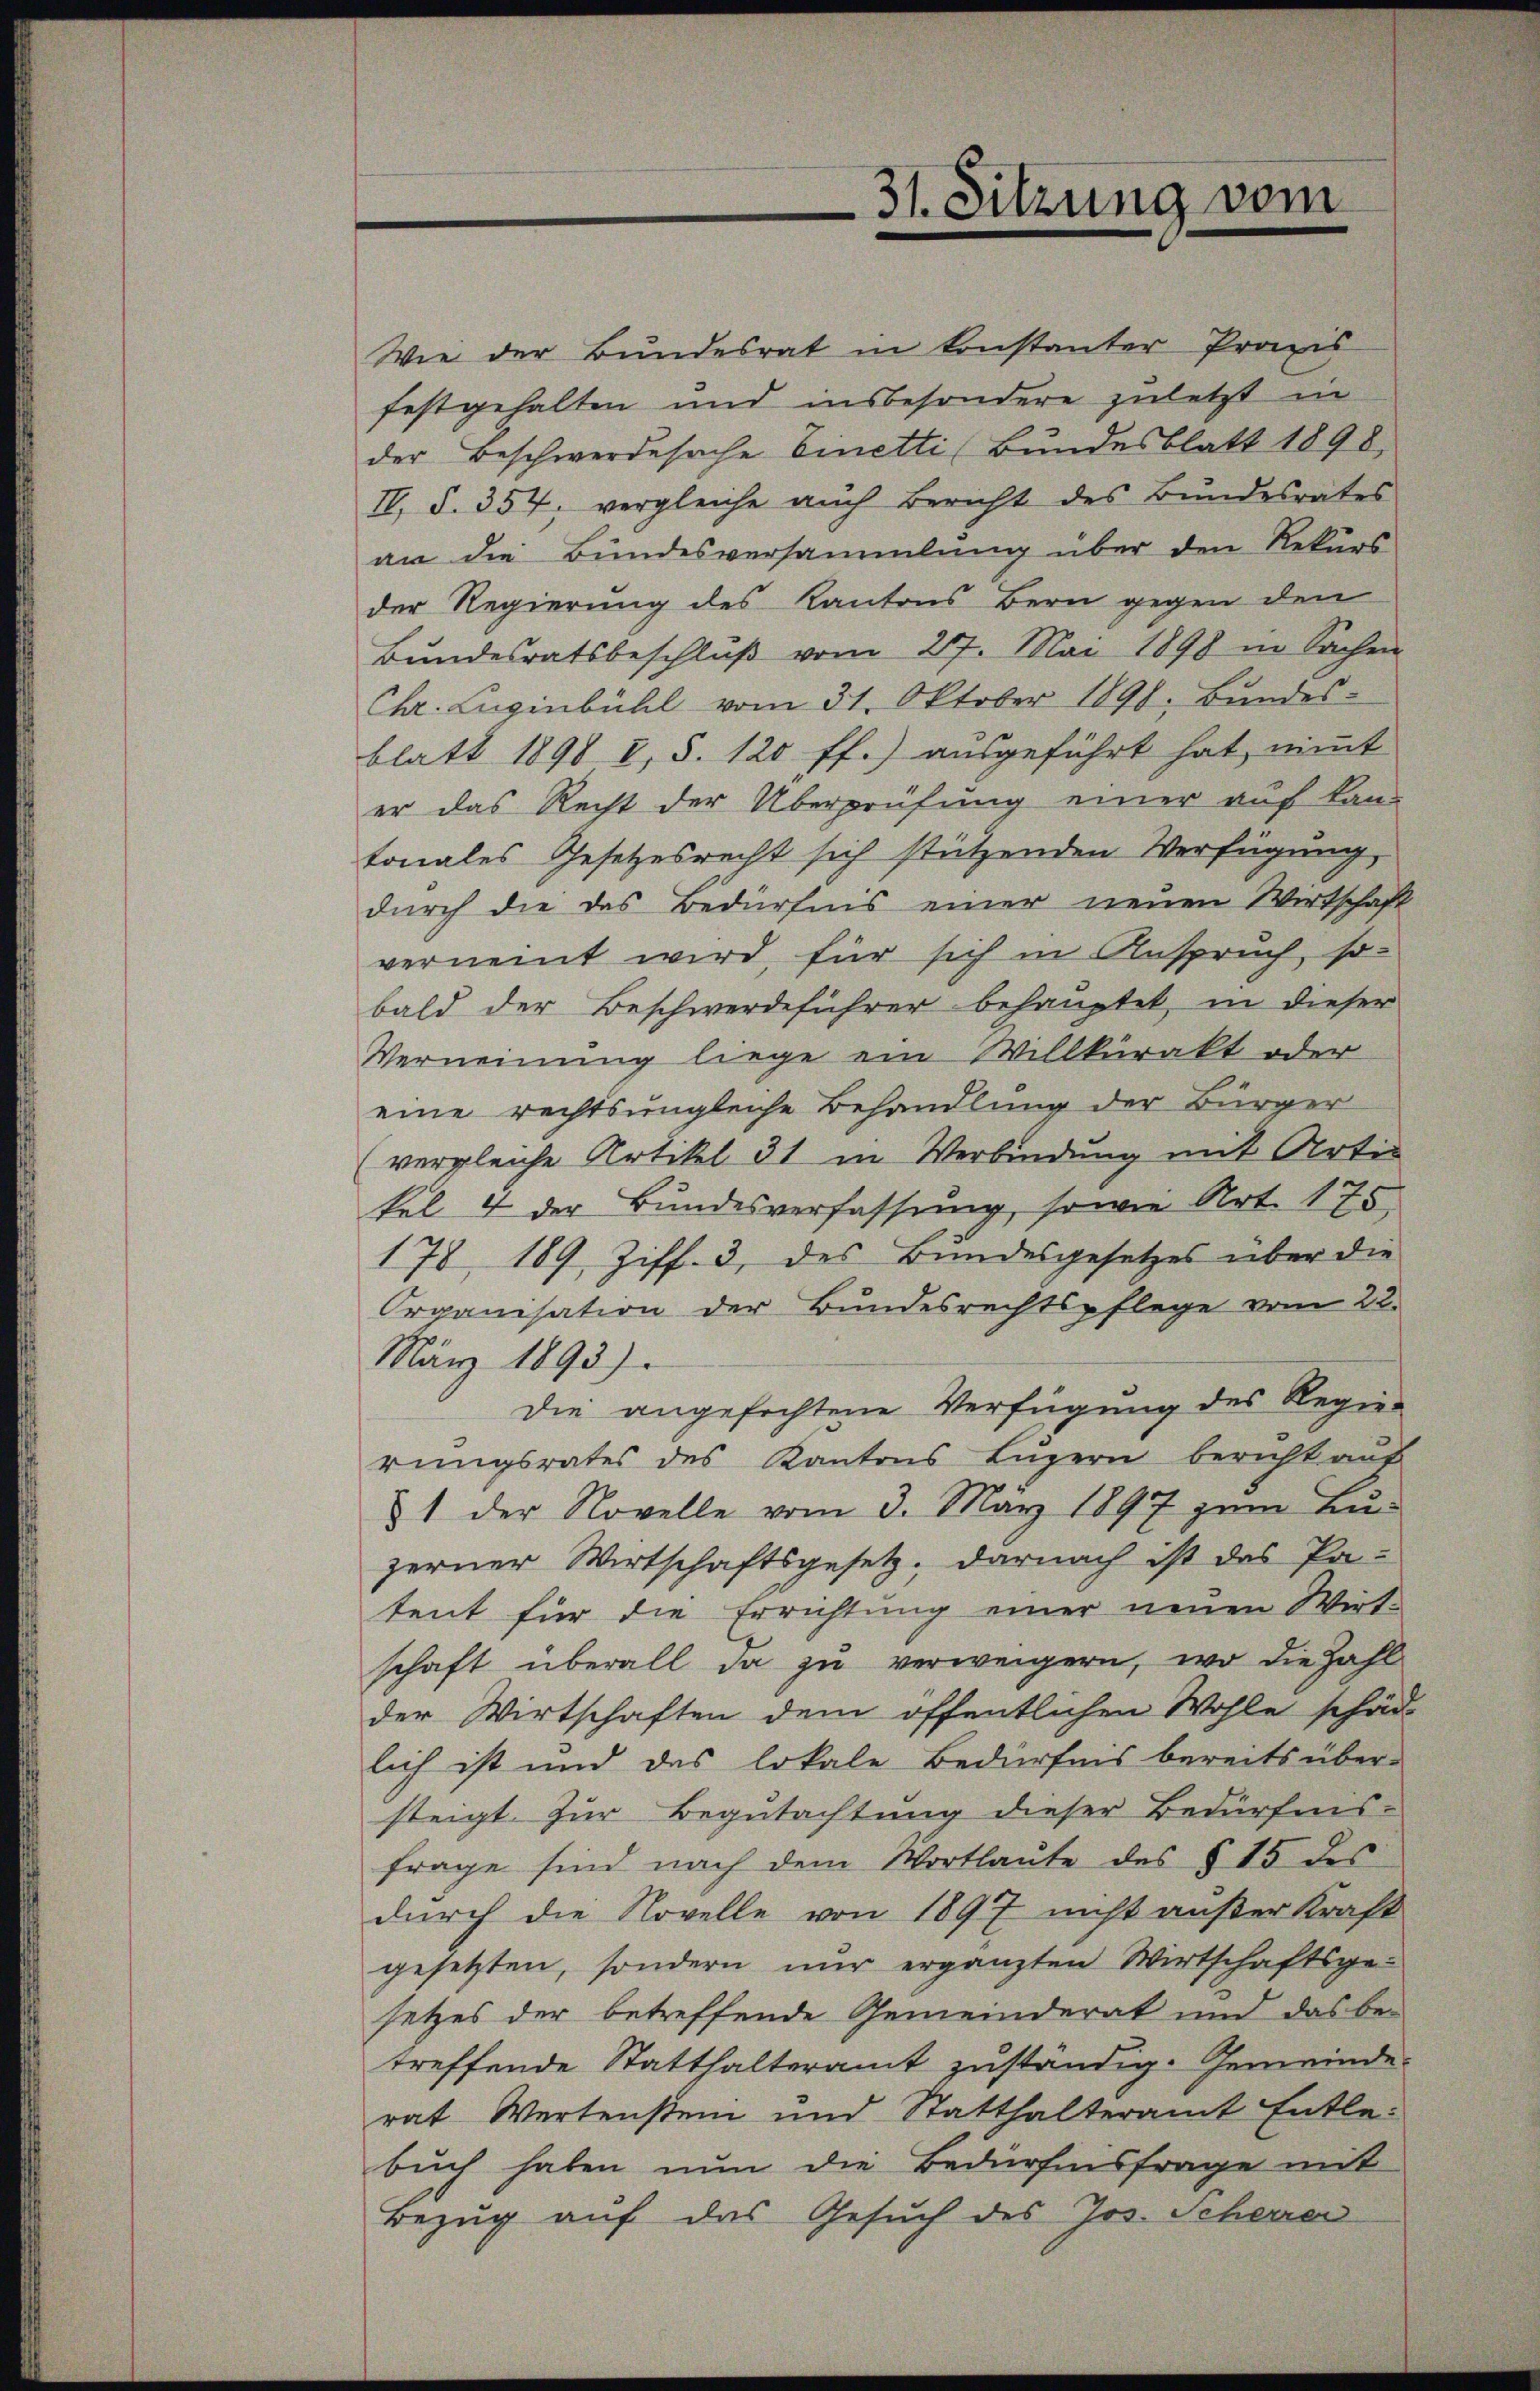
Wie der Bundesrat in konstanter Provis
festgehalten und insbesondere zuletzt in
der Beschwerdesache binetti (Bundesblatt 1898,
IV, S. 354. vergleiche auch Bericht des Bundesrates
an die Bundesversammlung über den Rekurs
der Regierung des Kantons Bern gegen den
Bŭndesratsbeschlŭβ vom 27. Mai 1898 in Sachen
Chr. Luginbühl vom 31. Oktober 1891, Bundes-
blatt 1898 I, S. 120 ff.) ausgeführt hat, nimmt
er das Recht der Überprüfung einer auf Lan-
tonales Gesetzesrecht sich stützenden Verfügung,
durch die das Bedürfnis einer neuen Wirtschaft
verneint wird, für sich in Anspruch, so-
bald der Beschwerdeführer behauptet, in dieser
Verneinung liege ein Willkürakt oder
eine rechtsungleiche Behandlung der Bürger
vergleiche Artikel 31 in Verbindung mit Artikel 4 der Bundesverfassung, sowie Art. 175
178 189 Ziff. 3, des Bundesgesetzes über die
Organisation der Bundesrechtspflege vom 22.
März 1893).
die angefochtene Verfügung des Regier
rungsrates des Kantons Luzern bericht auf
81 der Novelle vom 3. März 1897 zum Lu-
zerner Wirtschaftsgesetz, darnach ist des Pa-
tent für die Errichtung einer neuen Wirt-
schaft überall da zu verweigern, wo die Zahl
der Wirtschaften dem öffentlichen Wohle schäd-
lich ist und das lokale Bedürfnis bereits über-
steigt. Zur Begutachtung dieser Bedürfnis-
frage sind nach dem Wortlaute des § 15 des
durch die Novelle von 1897 nicht außer Kraft
gesetzten, sondern nur ergänzten Wirtschaftsge-
setzes der betreffende Gemeinderat und das be-
treffende Statthalteramt zuständig. Gemeinde-
rat Wertenstein und Statthalteramt Entle-
buch haben nun die Bedürfensfrage mit
Bezug auf das Gesuch des Jos. Scherren

31. Sitzung vom